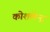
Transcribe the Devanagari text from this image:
कोशलेन्द्र